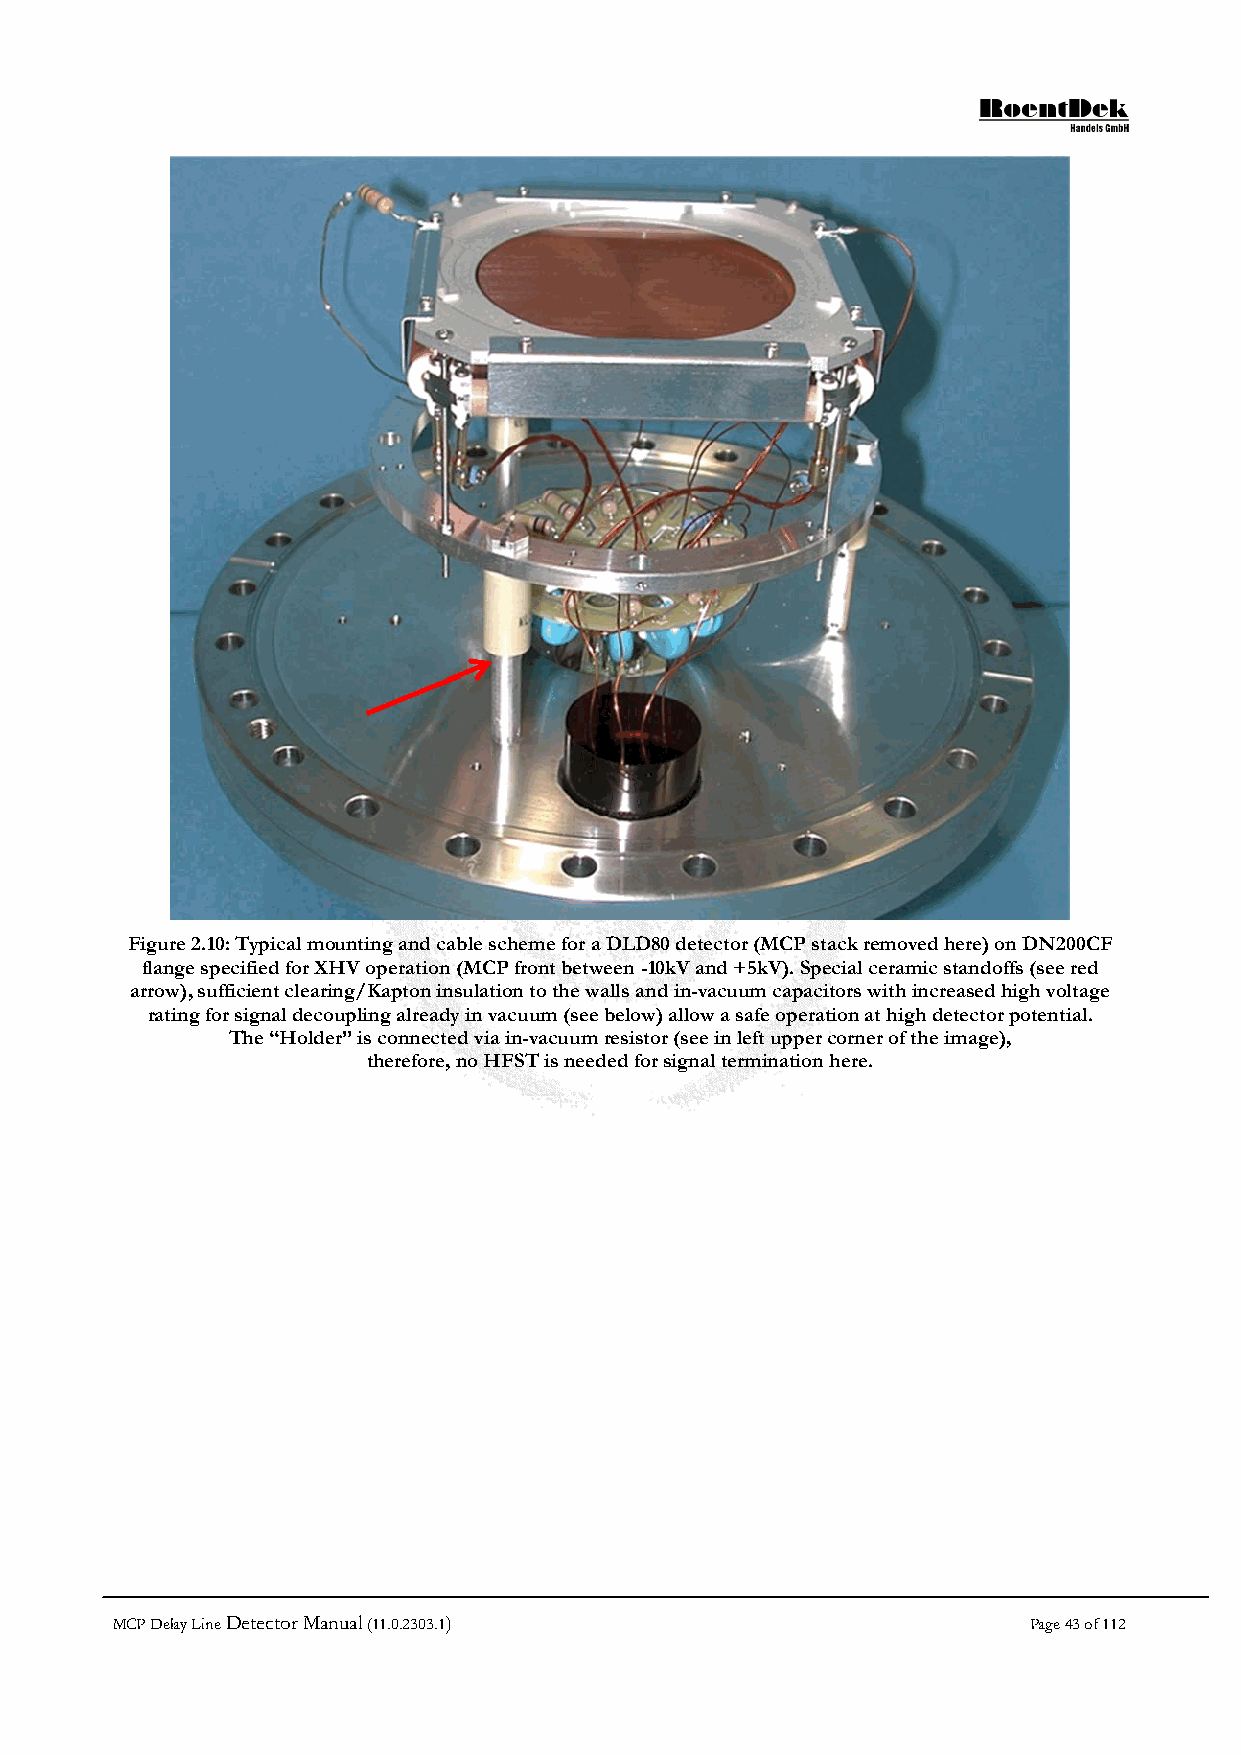
Figure 2.10: Typical mounting and cable scheme for a DLD80 detector (MCP stack removed here) on DN200CF
 flange specified for XHV operation (MCP front between -10kV and +5kV). Special ceramic standoffs (see red
 arrow), sufficient clearing/Kapton insulation to the walls and in-vacuum capacitors with increased high voltage
 rating for signal decoupling already in vacuum (see below) allow a safe operation at high detector potential.
 The “Holder” is connected via in-vacuum resistor (see in left upper corner of the image),
 therefore, no HFST is needed for signal termination here.
 MCP Delay Line Detector Manual (11.0.2303.1)                 Page 43 of 112